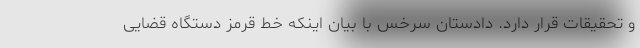
و تحقیقات قرار دارد. دادستان سرخس با بیان اینکه خط قرمز دستگاه قضایی